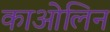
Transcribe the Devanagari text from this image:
काओलिन